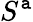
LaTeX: S^{\mathtt{a}}